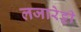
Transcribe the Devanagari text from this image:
लजारेट्टी